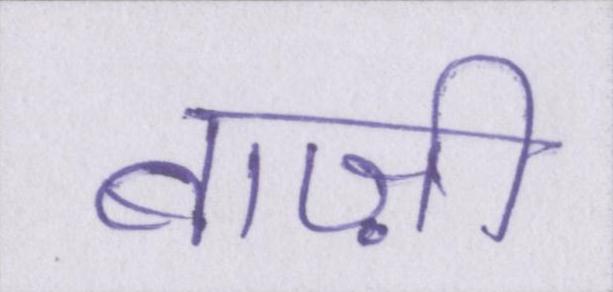
बाज़ी